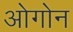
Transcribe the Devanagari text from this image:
ओगोन